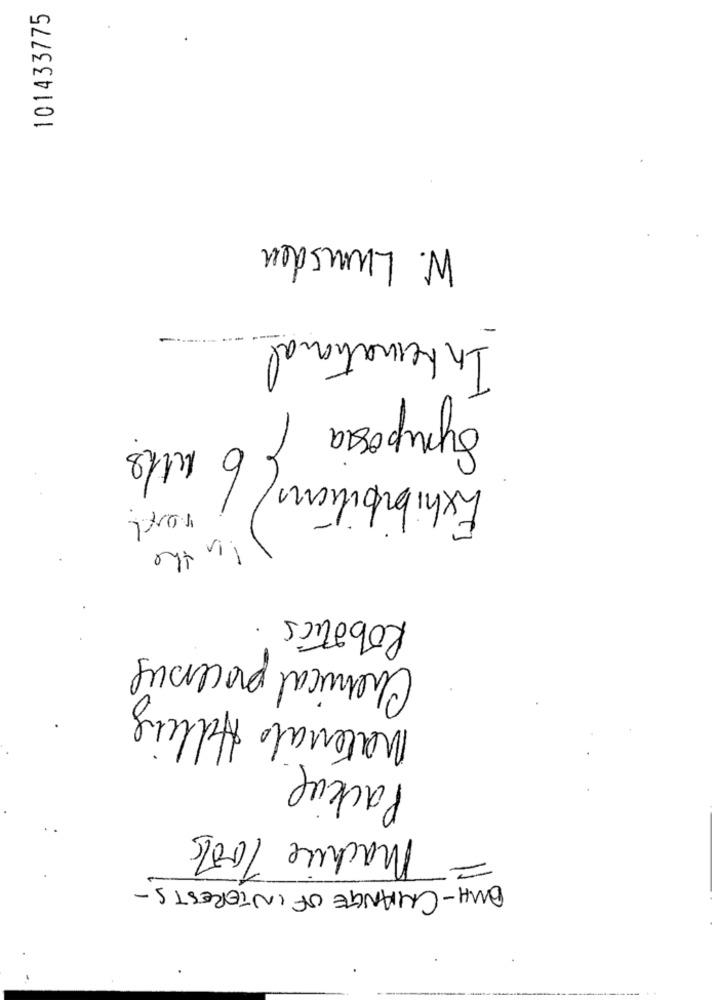
101433775
.
W. Lumsden
-
International
Symposia
Exhibition ( 6 alls
In the
Robotics.
Chemical processus
Materials Hdling
Packup
Machine Tools
DMH-CHANGE OF INTERESTS-